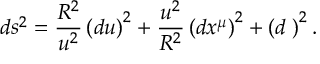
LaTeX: d s ^ { 2 } = \frac { R ^ { 2 } } { u ^ { 2 } } \left( d u \right) ^ { 2 } + \frac { u ^ { 2 } } { R ^ { 2 } } \left( d x ^ { \mu } \right) ^ { 2 } + \left( d { \bf \Omega } \right) ^ { 2 } .